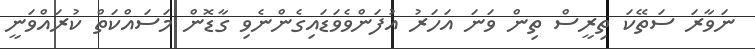
ނަވާރަ ސަތޭކަ ތިރީސް ތިން ވަނަ އަހަރު އުފަންވެވަޑައިގެންނެވި ގާޑޮން މަސައްކަތް ކުރައްވަނީ